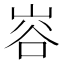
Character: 𭖦